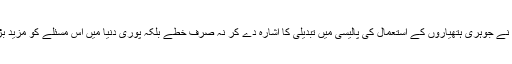
انہوں نے جوہری ہتھیاروں کے استعمال کی پالیسی میں تبدیلی کا اشارہ دے کر نہ صرف خطے بلکہ پوری دنیا میں اس مسئلے کو مزید بڑھایا۔